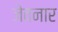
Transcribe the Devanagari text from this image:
जेवनार